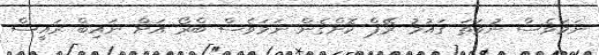
ނަަމަވެސް ނުވަތަ ގައުމު ރޭޕް ކޮށްގެން ނަމަވެސް ބްރޯ އަށް ނައިބް ރައީސް